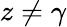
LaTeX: z\neq\gamma